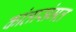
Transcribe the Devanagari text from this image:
कांतासंमत